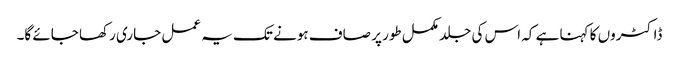
ڈاکٹروں کا کہنا ہے کہ اس کی جلد مکمل طور پر صاف ہونے تک یہ عمل جاری رکھا جائے گا۔